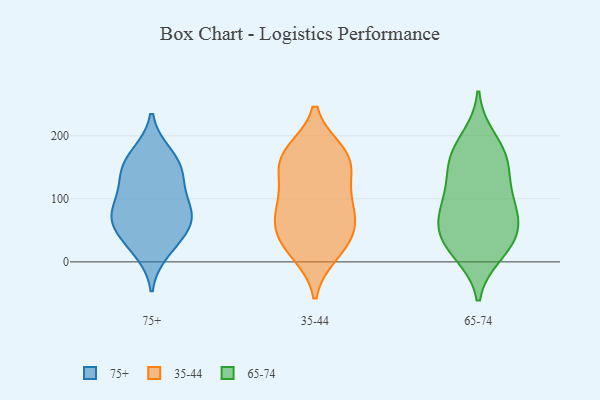
{"axis": {"x": "Temperature (°C)", "y": "Value"}, "legend": ["35-44", "65-74", "75+"], "data": [{"x": "", "y": 79, "type": "75+"}, {"x": "", "y": 55, "type": "75+"}, {"x": "", "y": 142, "type": "75+"}, {"x": "", "y": 74, "type": "75+"}, {"x": "", "y": 85, "type": "75+"}, {"x": "", "y": 171, "type": "75+"}, {"x": "", "y": 54, "type": "75+"}, {"x": "", "y": 137, "type": "75+"}, {"x": "", "y": 165, "type": "75+"}, {"x": "", "y": 130, "type": "75+"}, {"x": "", "y": 88, "type": "75+"}, {"x": "", "y": 17, "type": "75+"}, {"x": "", "y": 32, "type": "75+"}, {"x": "", "y": 62, "type": "35-44"}, {"x": "", "y": 174, "type": "35-44"}, {"x": "", "y": 71, "type": "35-44"}, {"x": "", "y": 166, "type": "35-44"}, {"x": "", "y": 32, "type": "35-44"}, {"x": "", "y": 119, "type": "35-44"}, {"x": "", "y": 98, "type": "35-44"}, {"x": "", "y": 164, "type": "35-44"}, {"x": "", "y": 169, "type": "35-44"}, {"x": "", "y": 14, "type": "35-44"}, {"x": "", "y": 83, "type": "35-44"}, {"x": "", "y": 141, "type": "35-44"}, {"x": "", "y": 23, "type": "35-44"}, {"x": "", "y": 53, "type": "35-44"}, {"x": "", "y": 16, "type": "65-74"}, {"x": "", "y": 76, "type": "65-74"}, {"x": "", "y": 88, "type": "65-74"}, {"x": "", "y": 196, "type": "65-74"}, {"x": "", "y": 156, "type": "65-74"}, {"x": "", "y": 13, "type": "65-74"}, {"x": "", "y": 176, "type": "65-74"}, {"x": "", "y": 56, "type": "65-74"}, {"x": "", "y": 44, "type": "65-74"}, {"x": "", "y": 146, "type": "65-74"}, {"x": "", "y": 33, "type": "65-74"}, {"x": "", "y": 161, "type": "65-74"}, {"x": "", "y": 55, "type": "65-74"}, {"x": "", "y": 101, "type": "65-74"}, {"x": "", "y": 108, "type": "65-74"}]}